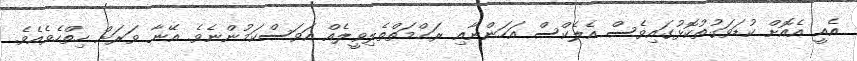
އެއީ އެއޮށް ކުޑަވަގުތުކޮޅުގައިވެސް އެލެކްސް އަހަންނާއި ރަޙްމަތްތެލިވީލެއް އަވަސްކަމުންނެވެ. އޭނާ ވަރަށް ހިތްހެވެއެވެ.